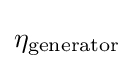
\eta _{\mathrm {generator} }